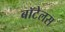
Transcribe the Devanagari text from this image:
बॉटेलस